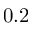
0 . 2